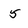
Character: 5